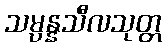
သမ္ပန္နသီလသုတ္တ